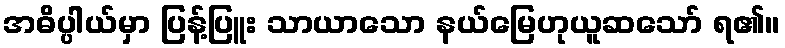
အဓိပ္ပါယ်မှာ ပြန့်ပြူး သာယာသော နယ်မြေဟုယူဆသော် ရ၏။